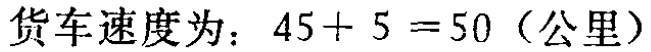
货车速度为：\(45 + 5 = 50\)（公里）